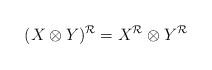
LaTeX: \begin{align*}(X\otimes Y)^{\cal R}=X^{\cal R}\otimes Y^{\cal R}\end{align*}